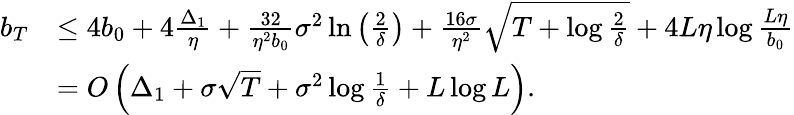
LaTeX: \begin{array}{rl}{b_{T}}&{\leq 4b_{0}+4\frac{\Delta_{1}}{\eta}+\frac{32}{\eta^{2}b_{0}}\sigma^{2}\ln\left(\frac{2}{\delta}\right)+\frac{16\sigma}{\eta^{2}}\sqrt{T+\log\frac{2}{\delta}}+4L\eta\log\frac{L\eta}{b_{0}}}\\ &{=O\left(\Delta_{1}+\sigma\sqrt{T}+\sigma^{2}\log\frac{1}{\delta}+L\log L\right).}\end{array}